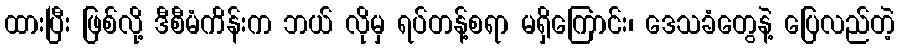
ထားပြီး ဖြစ်လို့ ဒီစီမံကိန်းက ဘယ် လိုမှ ရပ်တန့်စရာ မရှိကြောင်း၊ ဒေသခံတွေနဲ့ ပြေလည်တဲ့